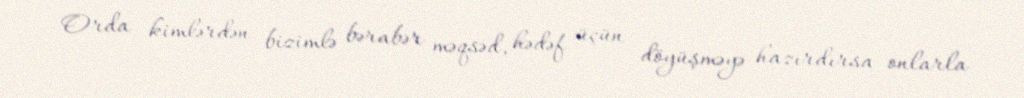
Orda kimlərdən bizimlə bərabər məqsəd, hədəf üçün döyüşməyə hazırdırsa onlarla